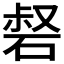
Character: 𥓍